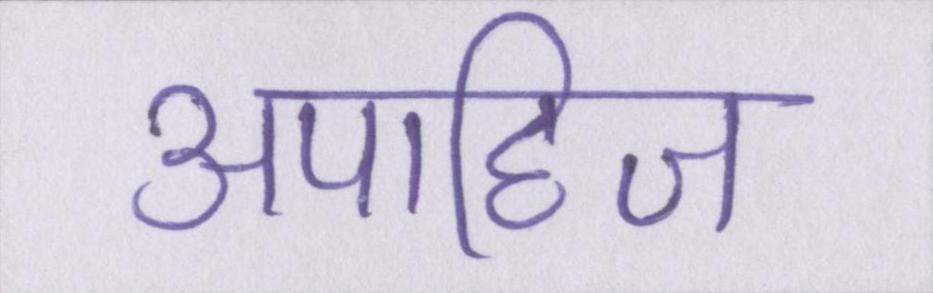
अपाहिज